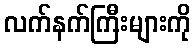
လက်နက်ကြီးများကို